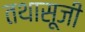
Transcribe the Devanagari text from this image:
तथासूजी